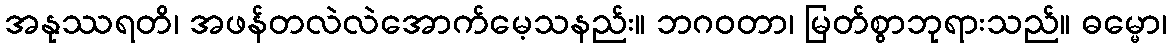
အနုဿရတိ၊ အဖန်တလဲလဲအောက်မေ့သနည်း။ ဘဂဝတာ၊ မြတ်စွာဘုရားသည်။ ဓမ္မော၊